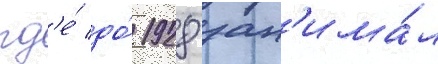
гд'е́ до́ 1928 зан'има́л